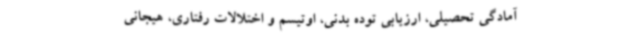
آمادگی تحصیلی، ارزیابی توده بدنی، اوتیسم و اختلالات رفتاری، هیجانی